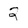
Character: 2